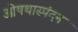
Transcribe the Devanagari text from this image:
ओषथास्पंदन